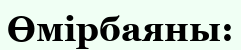
Өмірбаяны: